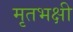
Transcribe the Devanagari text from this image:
मृतभक्षी